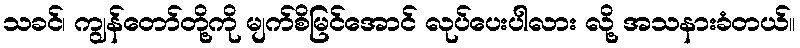
သခင်၊ ကျွန်တော်တို့ကို မျက်စိမြင်အောင် လုပ်ပေးပါလား လို့ အသနားခံတယ်။